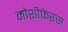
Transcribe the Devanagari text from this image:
मोशीफेरस